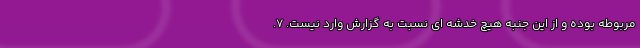
مربوطه بوده و از این جنبه هیچ خدشه ای نسبت به گزارش وارد نیست. 7.